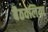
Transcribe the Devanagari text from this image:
बैठवलिया